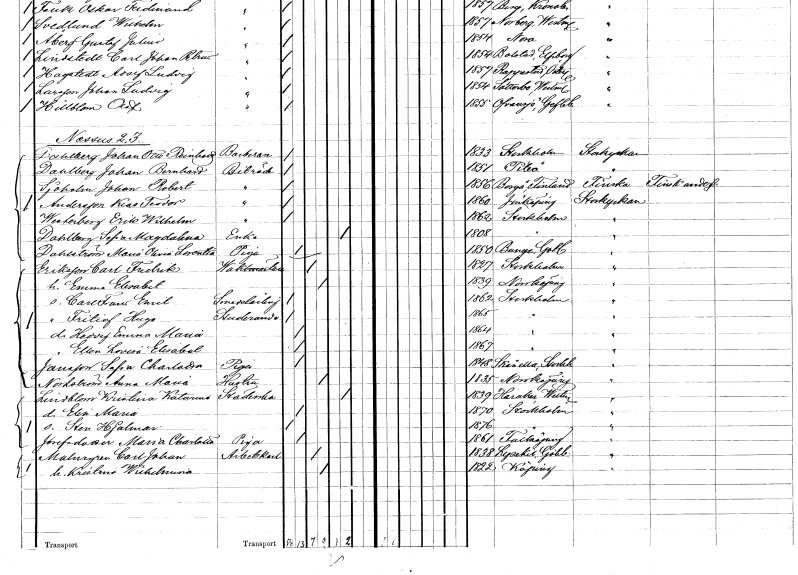
gt_parse: households: individuals: FN: Johan Otto Reinhold
EN: Dahlberg
YRKE: Barberare
KON: M
CIV: O
FODAR: 1833
FODFORS: Stockholm
FN: Johan Bernhard
EN: Dahlberg
YRKE: Biträde
KON: M
CIV: O
FODAR: 1851
FODFORS: Piteå Norrbottens län
FN: Johan Robert
EN: Sjöholm
YRKE: Biträde
KON: M
CIV: O
FODAR: 1856
FN: Karl Teodor
EN: Andersson
YRKE: Biträde
KON: M
CIV: O
FODAR: 1860
FODFORS: Jönköping Jönköpings län
FN: Erik Wilhelm
EN: Westerberg
YRKE: Biträde
KON: M
CIV: O
FODAR: 1862
FODFORS: Stockholm
FN: Sofia Magdalena
EN: Dahlberg
YRKE: Änka
KON: K
CIV: E
FODAR: 1808
FODFORS: Stockholm
FN: Maria Olivia Lorentia
EN: Dahlström
YRKE: Piga
KON: K
CIV: O
FODAR: 1850
FODFORS: Bunge Gotlands län
FN: Carl Fredrik
EN: Eriksson
YRKE: Vaktmästare
KON: M
CIV: G
FODAR: 1827
FODFORS: Stockholm
FN: Emma Elisabet
KON: K
CIV: G
FODAR: 1839
FODFORS: Norrköping Östergötlands län
FN: Carl Frans Emil
YRKE: Smedslärling
KON: M
CIV: O
FODAR: 1862
FODFORS: Stockholm
FN: Fritiof Hugo
YRKE: Studerande
KON: M
CIV: O
FODAR: 1865
FODFORS: Stockholm
FN: Hedvig Emma Maria
KON: K
CIV: O
FODAR: 1864
FODFORS: Stockholm
FN: Ellen Lovisa Elisabet
KON: K
CIV: O
FODAR: 1867
FODFORS: Stockholm
FN: Sofia Charlotta
EN: Jansson
YRKE: Piga
KON: K
CIV: O
FODAR: 1848
FODFORS: Skånela Stockholms län
FN: Anna Maria
EN: Nordström
YRKE: Hustru
KON: K
CIV: G
FODAR: 1835
FODFORS: Norrköping Östergötlands län
FN: Kristina Katarina
EN: Lindblom
YRKE: Städerska
KON: K
CIV: E
FODAR: 1839
FODFORS: Haraker Västmanlands län
FN: Elin Maria
KON: K
CIV: O
FODAR: 1870
FODFORS: Stockholm
FN: Sten Hjalmar
KON: M
CIV: O
FODAR: 1876
FODFORS: Stockholm
FN: Maria Charlotta
EN: Josefsdotter
YRKE: Piga
KON: K
CIV: O
FODAR: 1861
FODFORS: Falköping Skaraborgs län
FN: Carl Johan
EN: Malmgren
YRKE: Arbetskarl
KON: M
CIV: G
FODAR: 1838
FODFORS: Lysekil Göteborgs- och Bohuslän
FN: Kristina Wilhelmina
KON: K
CIV: G
FODAR: 1822
FODFORS: Köping Västmanlands län